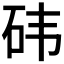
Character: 𮵊